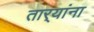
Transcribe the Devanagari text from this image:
तार्‍यांना